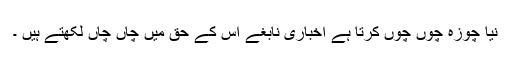
نیا چوزہ چوں چوں کرتا ہے اخباری نابغے اس کے حق میں چاں چاں لکھتے ہیں ۔